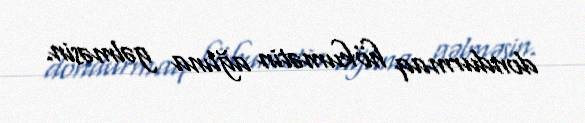
dondurmaq hökumətin ağlına gəlməsin.